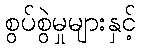
စွပ်စွဲမှုများနှင့်